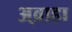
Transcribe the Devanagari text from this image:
अ्व्राहा